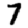
Digit: 7